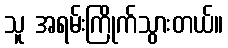
သူ အရမ်းကြိုက်သွားတယ်။